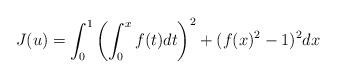
LaTeX: \begin{align*}J(u) = \int_0^1 \left( \int_0^x f(t)dt\right)^2 + (f(x)^2-1)^2 dx\end{align*}